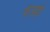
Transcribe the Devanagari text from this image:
फेफ्ड़ो